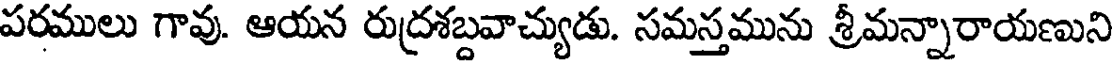
పరములు గావు. ఆయన రుద్రశబ్దవాచ్యుడు. సమస్తమును శ్రీమన్నారాయణుని